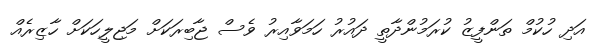
އަދި ހުކުމް ތަންފީޒު ކުރަމުންދާތީ ދައުރު ހަމަވާއިރު ވެސް ޖާބިރަކަށް މަޖިލީހަކަށް ހާޒިރެއް